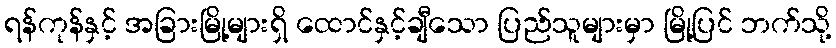
ရန်ကုန်နှင့် အခြားမြို့များရှိ ထောင်နှင့်ချီသော ပြည်သူများမှာ မြို့ပြင် ဘက်သို့